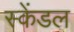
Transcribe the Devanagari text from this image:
स्केंडल